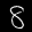
Label: 8